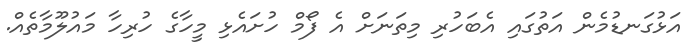
އަޅުގަނޑުމެން އަތުގައި އެބަހުރި މިތަނަށް އެ ފޯމް ހުށައެޅި މީހާގެ ހުރިހާ މައުލޫމާތެއް.